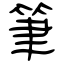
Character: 筆